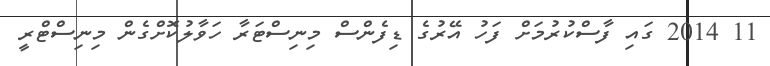
11 2014 ގައި ފާސްކުރުމަށް ފަހު އޭރުގެ ޑިފެންސް މިނިސްޓަރާ ހަވާލުކޮށްގެން މިނިސްޓްރީ